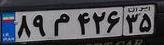
۸۹م۴۲۶۳۵